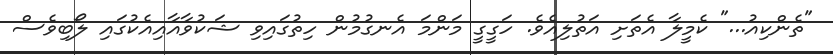
"ތެންކިއު..." ކެމީލާ އެތަށި އަތުލިއެވެ. ހަގީގީ މަންމަ އެނގުމުން ހިތުގައިވި ޝަކުވާއާއިއެކުގައި ލޯބިވެސް